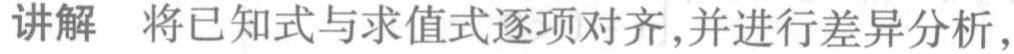
讲解 将已知式与求值式逐项对齐,并进行差异分析,